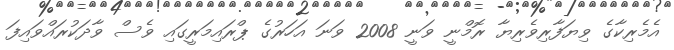
އެމެރިކާގެ ވިޔަފާރިވެރިޔާ ރޮމްނީ ވަނީ 2008 ވަނަ އަހަރުގެ ޕްރައިމަރީގައި ވެސް ވާދަކުރައްވައިފަ